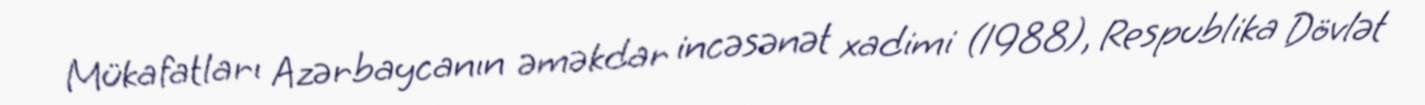
Mükafatları Azərbaycanın əməkdar incəsənət xadimi (1988), Respublika Dövlət